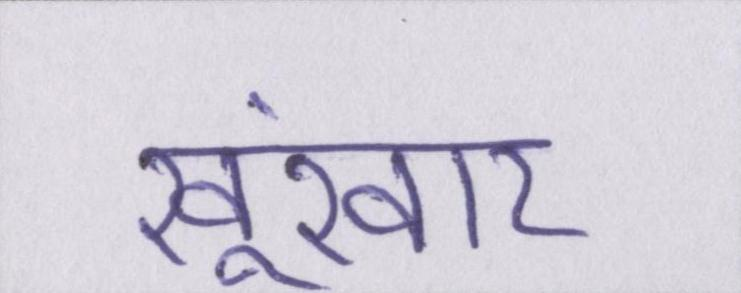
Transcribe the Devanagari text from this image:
खूंखार